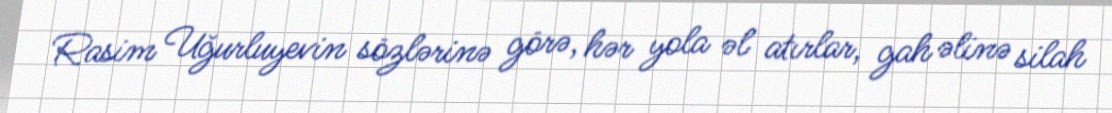
Rasim Uğurluyevin sözlərinə görə, hər yola əl atırlar, gah əlinə silah